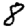
Digit: 8